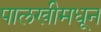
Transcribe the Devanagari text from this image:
पालखीमधून